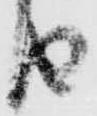
由